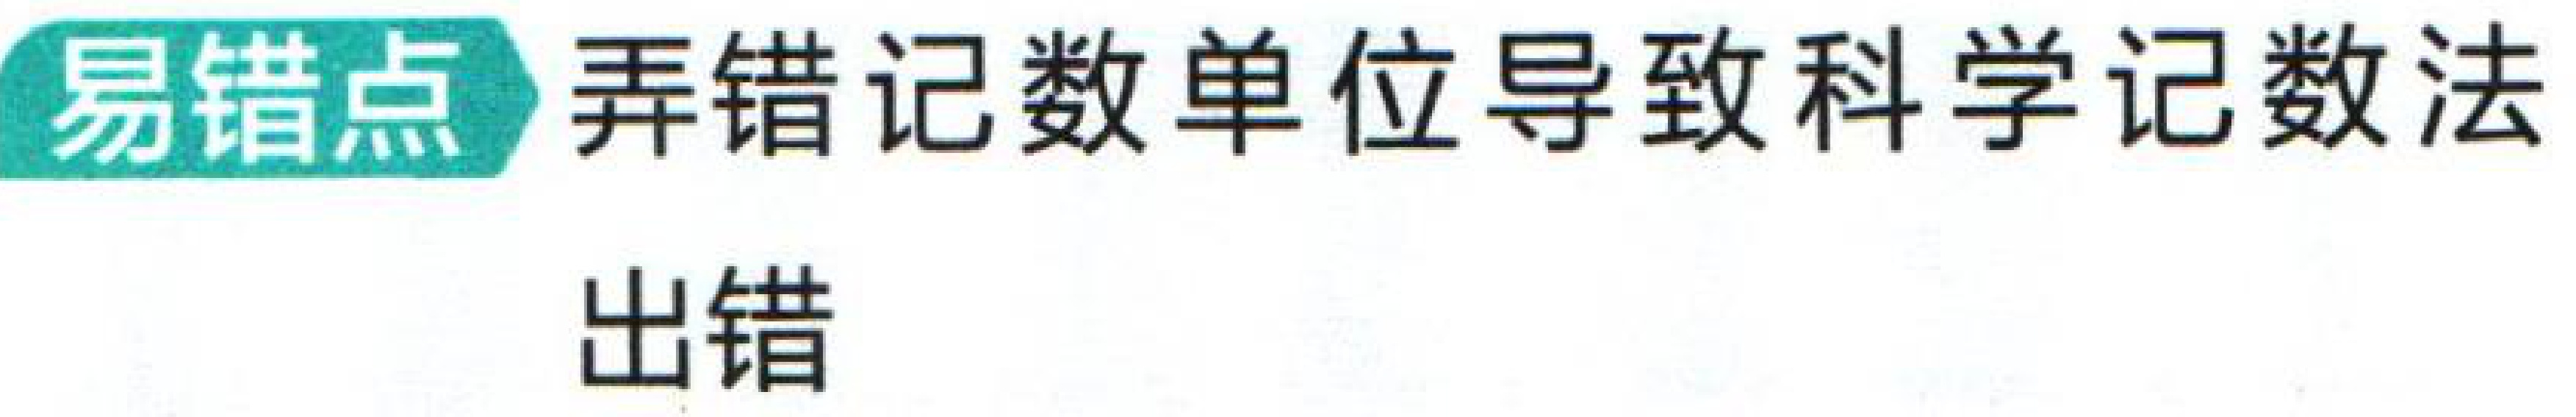
易错点 弄错记数单位导致科学记数法出错